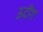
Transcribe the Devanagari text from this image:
ऊदौग